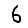
Digit: 6